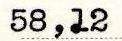
58,12